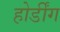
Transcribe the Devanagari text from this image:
होर्डींग